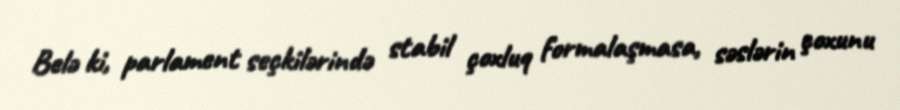
Belə ki, parlament seçkilərində stabil çoxluq formalaşmasa, səslərin çoxunu